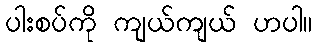
ပါးစပ်ကို ကျယ်ကျယ် ဟပါ။